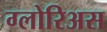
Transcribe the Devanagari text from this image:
ग्लोरिअस